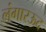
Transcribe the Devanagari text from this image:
लंगारऊद